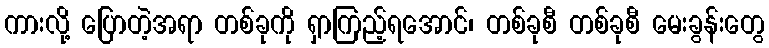
ကားလို့ ပြောတဲ့အရာ တစ်ခုကို ရှာကြည့်ရအောင်၊ တစ်ခုစီ တစ်ခုစီ မေးခွန်းတွေ